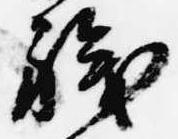
職